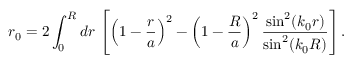
r _ { 0 } = 2 \int _ { 0 } ^ { R } d r \, \left[ \left( 1 - \frac { r } { a } \right) ^ { 2 } - \left( 1 - \frac { R } { a } \right) ^ { 2 } \frac { \sin ^ { 2 } ( k _ { 0 } r ) } { \sin ^ { 2 } ( k _ { 0 } R ) } \right] .